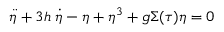
\ddot { \eta } + 3 h \; \dot { \eta } - \eta + \eta ^ { 3 } + g \Sigma ( \tau ) \eta = 0